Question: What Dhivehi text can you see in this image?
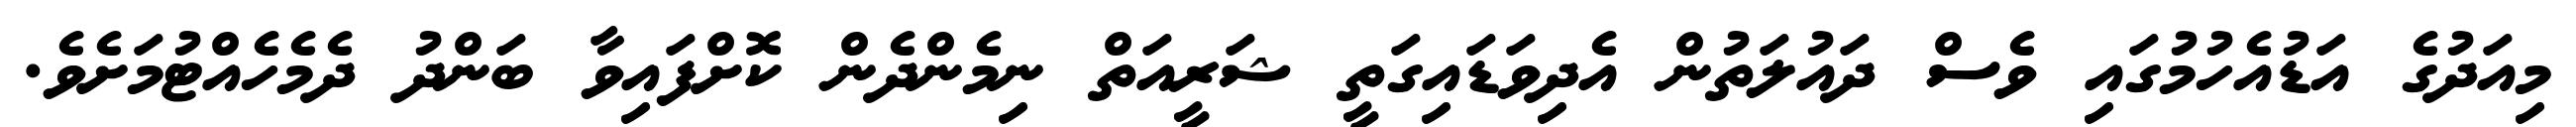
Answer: މިއަދުގެ އަޑުއެހުމުގައި ވެސް ދައުލަތުން އެދިވަޑައިގަތީ ޝަރީއަތް ނިމެންދެން ކޮށްފައިވާ ބަންދު ދެމެހެއްޓުމަށެވެ.